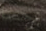
حسنا